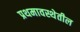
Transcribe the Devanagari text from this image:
प्रथमावस्थेतील